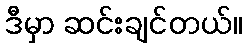
ဒီမှာ ဆင်းချင်တယ်။